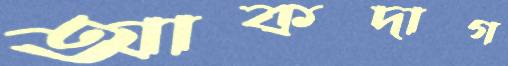
আকদাগ